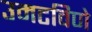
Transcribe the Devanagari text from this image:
उमटविणे